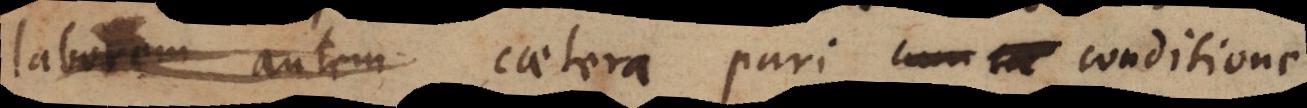
laborem autem caetera pari cum _ conditione